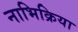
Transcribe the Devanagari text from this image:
नाभिक्रिया